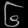
Digit: ၆